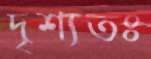
দৃশ্যতঃ